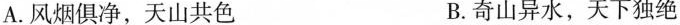
A.风烟俱净，天山共色 B.奇山异水，天下独绝